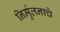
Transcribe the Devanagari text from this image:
निर्मुलनाचे